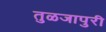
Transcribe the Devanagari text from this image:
तुळजापुरी